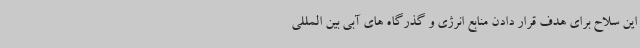
این سلاح برای هدف قرار دادن منابع انرژی و گذرگاه های آبی بین المللی